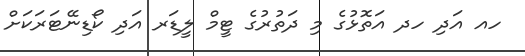
ހއ އަދި ހދ އަތޮޅުގެ މި ދަތުރުގެ ޓީމް ލީޑަރ އަދި ކޯޑިނޭޓަރަކަށް